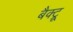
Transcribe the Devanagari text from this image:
बैक्ट्रू